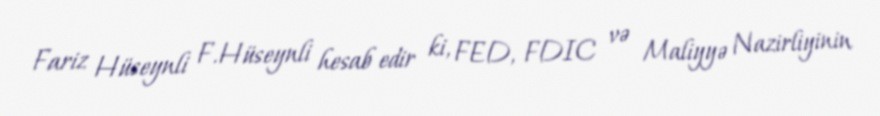
Fariz Hüseynli F.Hüseynli hesab edir ki, FED, FDIC və Maliyyə Nazirliyinin